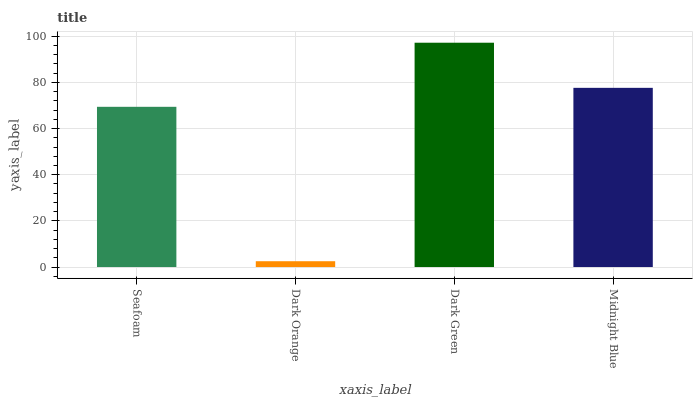
| xaxis_label | bars |
 | --- | --- |
 | Seafoam | 69.4 |
 | Dark Orange | 2.52 |
 | Dark Green | 97.2 |
 | Midnight Blue | 77.6 |